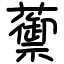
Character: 蘌